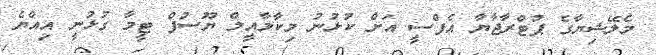
މެލޭޝިޔާގެ ޕުޓްރާޖާޔާ އެފްސީ އަށް ކުޅުނު މިކާލާއީލް ޔޫސުފް ޓީމާ ގުޅުނީ އިއްޔެ